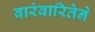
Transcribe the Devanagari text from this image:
वारंवारितेने